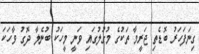
ގިނަފަހަރު ބޮޑެތި ޖަރީމާ ތަކުގެ މުގުލުގައި ވަނީ މީހަކު ބުނެލާ ދޮގު ވާހަކަ